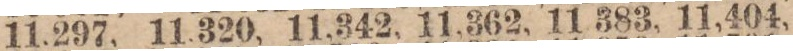
11,297, 11,320, 11,342, 11,362, 11,383, 11,404,